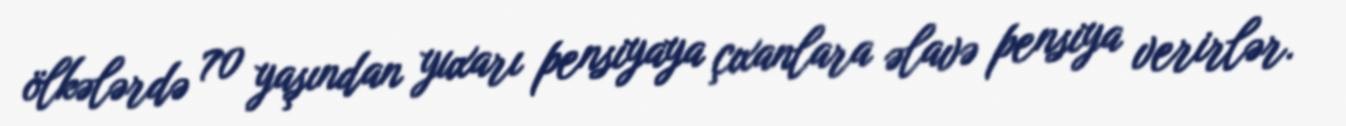
ölkələrdə 70 yaşından yuxarı pensiyaya çıxanlara əlavə pensiya verirlər.